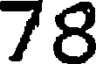
78